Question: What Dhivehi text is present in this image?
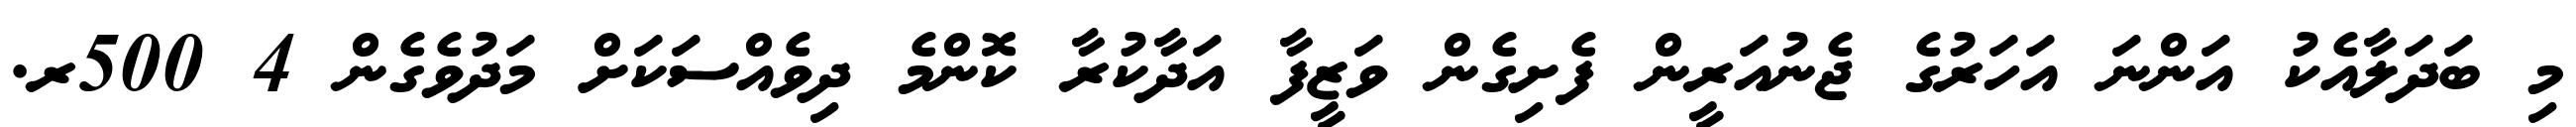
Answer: މި ބަދަލާއެކު އަންނަ އަހަރުގެ ޖެނުއަރީން ފެށިގެން ވަޒީފާ އަދާކުރާ ކޮންމެ ދިވެއްސަކަށް މަދުވެގެން 4 500ރ.